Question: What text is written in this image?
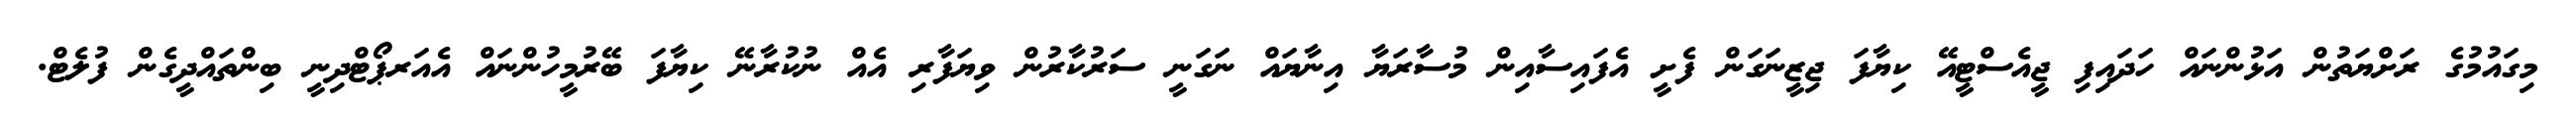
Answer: މިގައުމުގެ ރަށްޔަތުން އަޅުންނައް ހަދައިފި ޖީއެސްޓީއޭ ކިޔާފަ ޖިޒީނަގަން ފެށީ އެފައިސާއިން މުސާރަޔާ އިނާޔައް ނަގަނީ ސަރުކާރުން ވިޔަފާރި އެއް ނުކުރާނޭ ކިޔާފަ ބޭރުމީހުންނައް އެއަރޕޯޓްދިނީ ބިންތައްދީގެން ފުލެޓް.